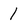
Character: 1